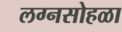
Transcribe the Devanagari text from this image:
लग्नसोहळा